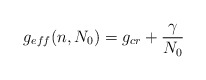
\begin{align*}g_{eff}(n,N_0) = g_{cr} + {\gamma \over {N_0}}\end{align*}